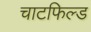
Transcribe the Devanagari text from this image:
चाटफिल्ड